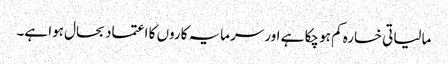
مالیاتی خسارہ کم ہو چکا ہے اور سرمایہ کاروں کا اعتماد بحال ہوا ہے۔